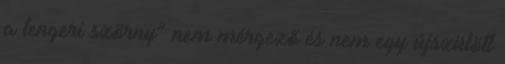
a tengeri szörny” nem mérgező és nem egy újszülött